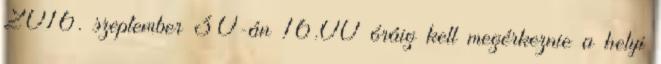
2016. szeptember 30-án 16.00 óráig kell megérkeznie a helyi